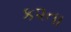
ક૨તા